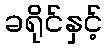
ခရိုင်နှင့်